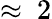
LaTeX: \approx~2